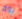
يوم